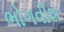
ભોગવીશ